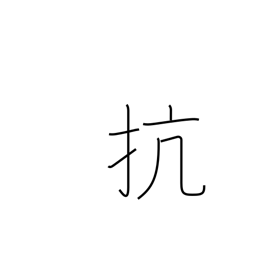
Meaning: defy